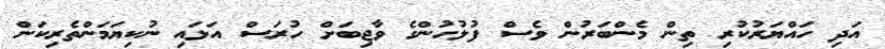
އަދި ހައްޔަރުކުރި ތިން މެންބަރުން ވެސް ފުލުހުންގެ ވާޖިބަށް ހުރަސް އަޅައި ނުކިޔަމަންތެރިކަން